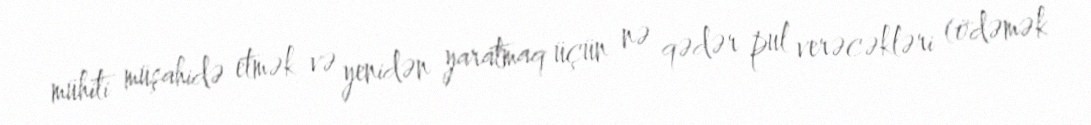
mühiti müşahidə etmək və yenidən yaratmaq üçün nə qədər pul verəcəkləri (ödəmək